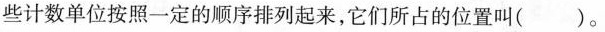
些计数单位按照一定的顺序排列起来，它们所占的位置叫()。